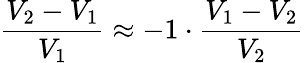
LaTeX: {\frac{V_{2}-V_{1}}{V_{1}}}\approx-1\cdot{\frac{V_{1}-V_{2}}{V_{2}}}